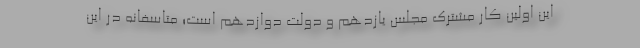
این اولین کار مشترک مجلس یازدهم و دولت دوازدهم است؛ متاسفانه در این